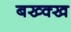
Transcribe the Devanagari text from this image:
बख्क्ख